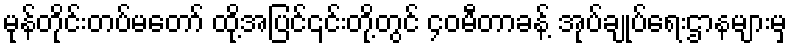
မုန်တိုင်းတပ်မတော် ထို့အပြင်၎င်းတို့တွင် ၄၀မီတာခန့် အုပ်ချုပ်ရေးဌာနများမှ